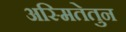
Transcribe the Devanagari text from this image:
अस्मितेतुन